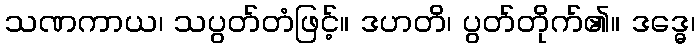
သဏကာယ၊ သပွတ်တံဖြင့်။ ဒဟတိ၊ ပွတ်တိုက်၏။ ဒဒ္ဓေ၊